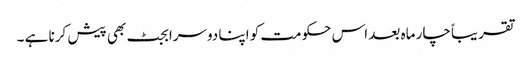
تقریباً چار ماہ بعد اس حکومت کو اپنا دوسرا بجٹ بھی پیش کرنا ہے ۔